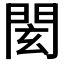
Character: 𨴋